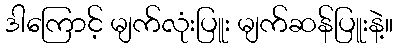
ဒါကြောင့် မျက်လုံးပြူး မျက်ဆန်ပြူးနဲ့။